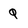
Character: q